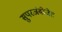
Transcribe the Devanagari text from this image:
सुपरजंबोजेट